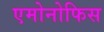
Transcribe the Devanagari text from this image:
एमोनोफिस